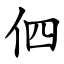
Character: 伵